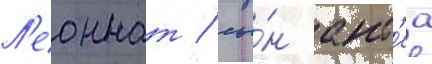
Л'еоннат / сы́н ант'еа